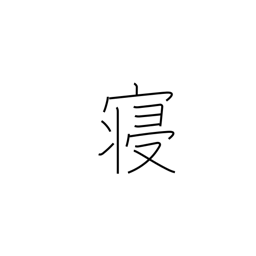
Meaning: lie down